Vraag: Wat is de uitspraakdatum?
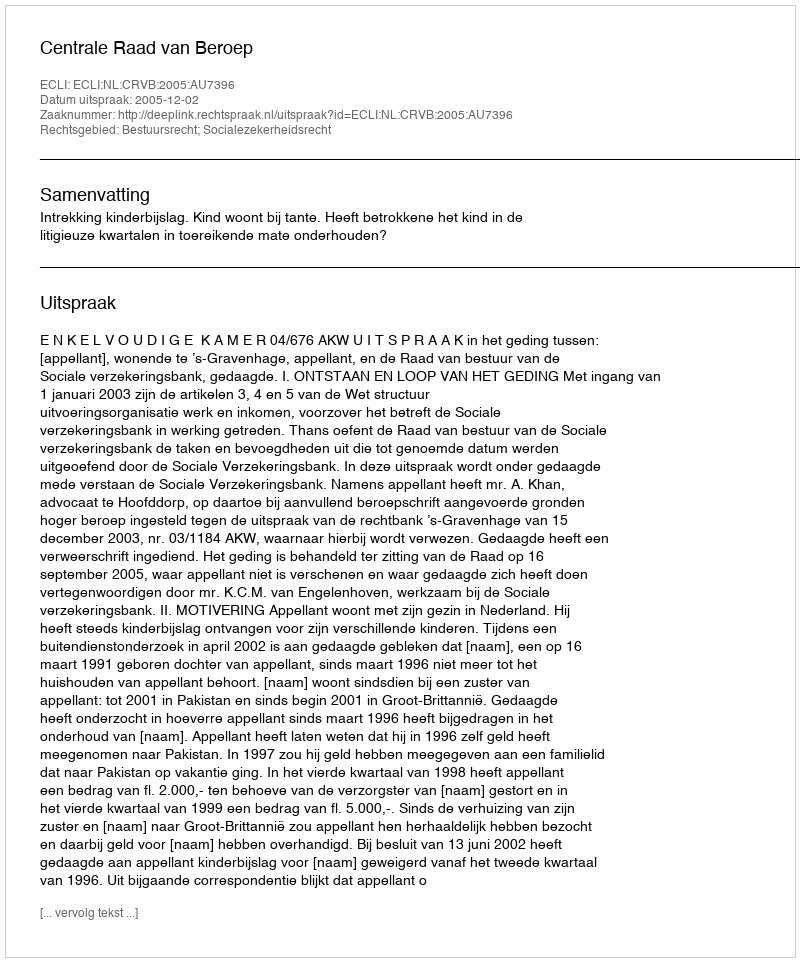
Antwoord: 2005-12-02